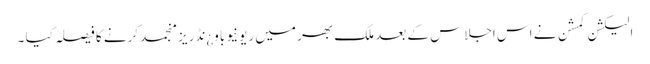
الیکشن کمشن نے اس اجلاس کے بعد ملک بھر میں ریونیو باو¿نڈریز منجمد کرنے کا فیصلہ کیا ۔